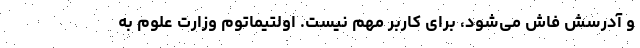
و آدرسش فاش می‌شود، برای کاربر مهم نیست. اولتیماتوم وزارت علوم به